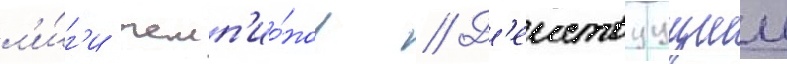
л'и́г'и чемп'ио́нов // Д'еиствуущии